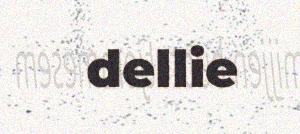
dellie